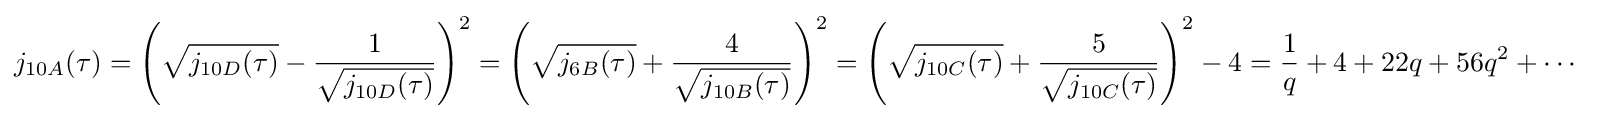
{\begin{aligned}j_{10A}(\tau )&=\left({\sqrt {j_{10D}(\tau )}}-{\frac {1}{\sqrt {j_{10D}(\tau )}}}\right)^{2}=\left({\sqrt {j_{6B}(\tau )}}+{\frac {4}{\sqrt {j_{10B}(\tau )}}}\right)^{2}=\left({\sqrt {j_{10C}(\tau )}}+{\frac {5}{\sqrt {j_{10C}(\tau )}}}\right)^{2}-4={\frac {1}{q}}+4+22q+56q^{2}+\cdots \end{aligned}}